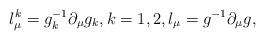
LaTeX: \begin{align*}l_\mu ^k=g_k^{-1}\partial _\mu g_k,k=1,2,l_\mu =g^{-1}\partial_\mu g,\end{align*}